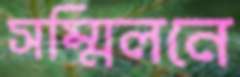
সম্মিলনে